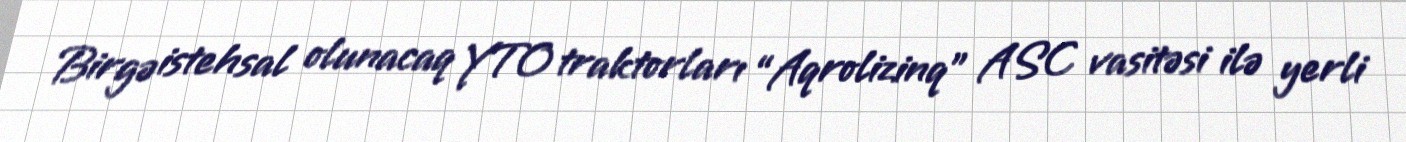
Birgə istehsal olunacaq YTO traktorları “Aqrolizinq” ASC vasitəsi ilə yerli